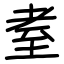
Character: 耊